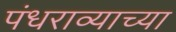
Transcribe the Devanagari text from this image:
पंधराव्याच्या